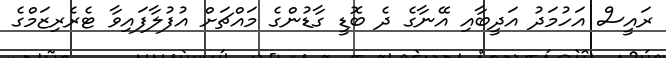
ރައީސް އަހުމަދު އަދީބާއި އޭނާގެ ދެ ބޮޑީ ގާޑުންގެ މައްޗަށް އުފުލާފައިވާ ޓެރެރިޒަމްގެ